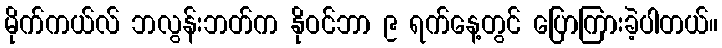
မိုက်ကယ်လ် ဘလွန်းဘတ်က နိုဝင်ဘာ ၉ ရက်နေ့တွင် ပြောကြားခဲ့ပါတယ်။